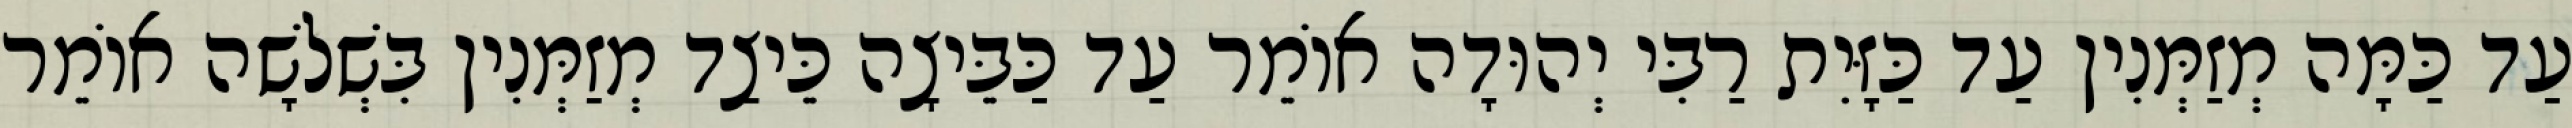
עַד כַּמָּה מְזַמְּנִין עַד כַּזָּיִת רַבִּי יְהוּדָה אוֹמֵר עַד כַּבֵּיצָה כֵּיצַד מְזַמְּנִין בִּשְׁלשָׁה אוֹמֵר